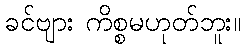
ခင်ဗျား ကိစ္စမဟုတ်ဘူး။